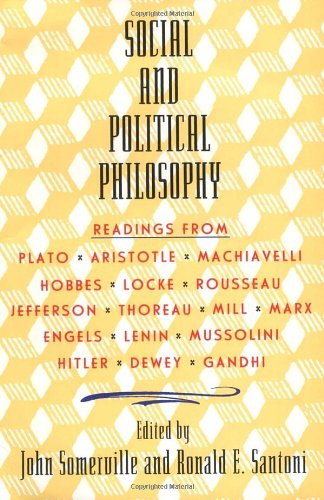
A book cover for Social and Political Philosophy: Readings From Plato to Gandhi; John Somerville; Religion & Spirituality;